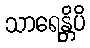
သာရေန္တိပိ